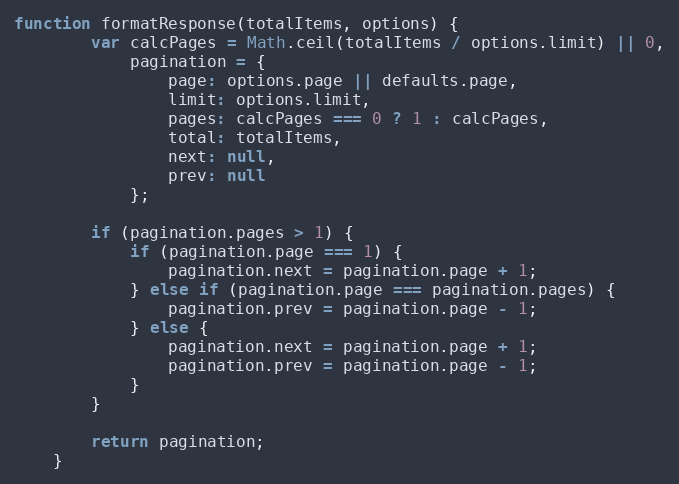
Language: JavaScript
function formatResponse(totalItems, options) {
        var calcPages = Math.ceil(totalItems / options.limit) || 0,
            pagination = {
                page: options.page || defaults.page,
                limit: options.limit,
                pages: calcPages === 0 ? 1 : calcPages,
                total: totalItems,
                next: null,
                prev: null
            };

        if (pagination.pages > 1) {
            if (pagination.page === 1) {
                pagination.next = pagination.page + 1;
            } else if (pagination.page === pagination.pages) {
                pagination.prev = pagination.page - 1;
            } else {
                pagination.next = pagination.page + 1;
                pagination.prev = pagination.page - 1;
            }
        }

        return pagination;
    }